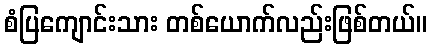
စံပြကျောင်းသား တစ်ယောက်လည်းဖြစ်တယ်။